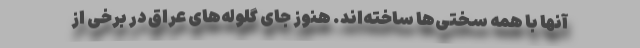
آنها با همه سختی‌ها ساخته‌اند. هنوز جای گلوله‌های عراق در برخی از